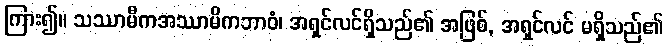
ကြား၍။ သဿာမီကအဿာမိကဘာဝံ၊ အရှင်လင်ရှိသည်၏ အဖြစ်, အရှင်လင် မရှိသည်၏